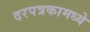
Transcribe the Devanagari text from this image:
दरपत्रकामध्ये